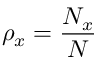
\rho _ { x } = \frac { N _ { x } } { N }